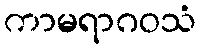
ကာမရာဂဝသံ